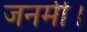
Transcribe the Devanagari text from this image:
जनमी।